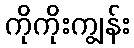
ကိုကိုးကျွန်း